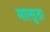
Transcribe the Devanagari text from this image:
मात्सुता